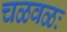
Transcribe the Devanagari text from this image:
चळवळः